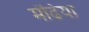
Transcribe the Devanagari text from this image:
मेंढिया